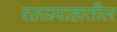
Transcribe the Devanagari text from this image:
रक्तप्रवाहातील